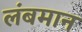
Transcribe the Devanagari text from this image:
लंबमान